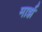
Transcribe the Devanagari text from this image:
मार्झ